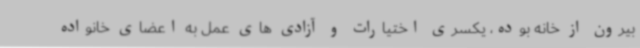
بیرون از خانه بوده، یکسری اختیارات و آزادی های عمل به اعضای خانواده